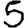
Digit: 5